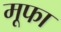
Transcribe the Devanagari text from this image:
मूफा